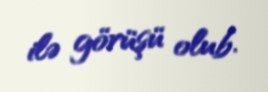
ilə görüşü olub.